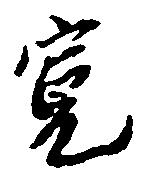
寛